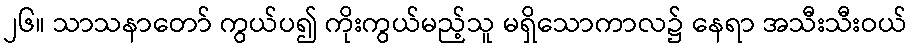
၂၆။ သာသနာတော် ကွယ်ပ၍ ကိုးကွယ်မည့်သူ မရှိသောကာလ၌ နေရာ အသီးသီးဝယ်